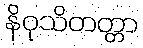
နိဝုသိတတ္တာ